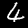
Label: 4